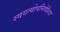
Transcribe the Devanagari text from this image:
स्वयत्योपनिवेशिय